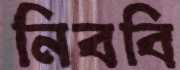
নিববি